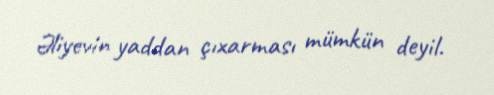
Əliyevin yaddan çıxarması mümkün deyil.